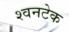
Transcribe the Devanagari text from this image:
श्वनटेक